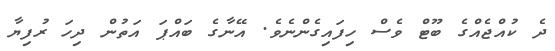
ދެ ކުއްޖެއްގެ ބޫޓް ވެސް ހިފައިގެންނެވެ. އޭނާގެ ބައްޕަ އަތުން ދިހަ ރުފިޔާ